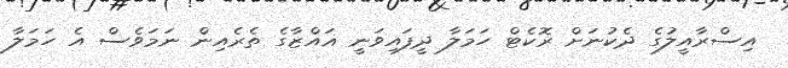
އިސްރާއީލުގެ ދެކުނަށް ރޮކެޓް ހަމަލާ ދީފައިވަނީ ޣައްޒާގެ ތެރެއިން ނަމަވެސް އެ ހަމަލާ